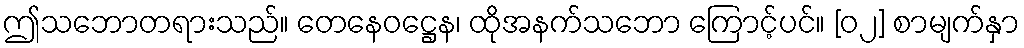
ဤသဘောတရားသည်။ တေနေဝဋ္ဌေန၊ ထိုအနက်သဘော ကြောင့်ပင်။ [၀၂] စာမျက်နှာ